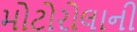
મોટોરોલાની